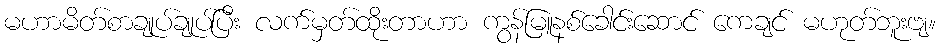
မဟာမိတ်စာချုပ်ချုပ်ပြီး လက်မှတ်ထိုးတာဟာ ကွန်မြူနစ်ခေါင်းဆောင် ကေချင် မဟုတ်ဘူးဗျ။